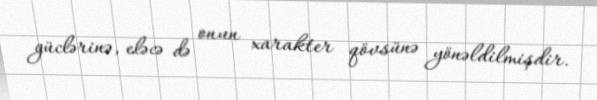
güclərinə, eləcə də onun xarakter qövsünə yönəldilmişdir.